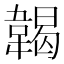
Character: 𩏌